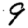
Digit: 9